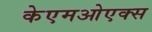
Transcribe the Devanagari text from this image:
केएमओएक्स